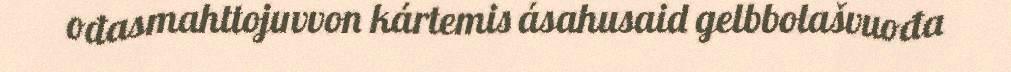
ođasmahttojuvvon kártemis ásahusaid gelbbolašvuođa